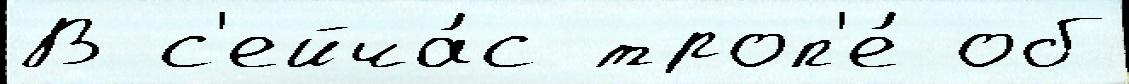
В с'ейча́с троп'е́ об